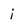
Character: i